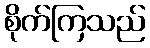
စိုက်ကြသည်